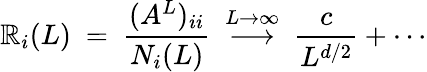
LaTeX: \mathbb{R}_{i}(L)~=~\frac{{(A^{L})_{ii}}}{{N_{i}(L)}}~\stackrel{L\rightarrow\infty}{\longrightarrow}~\frac{{c}}{{L^{d/2}}}+\cdots